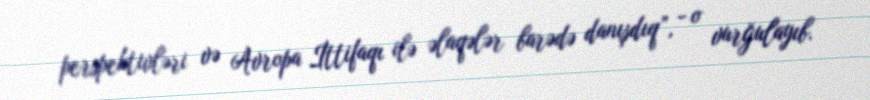
perspektivləri və Avropa İttifaqı ilə əlaqələr barədə danışdıq”, - o vurğulayıb.